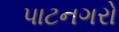
પાટનગરો